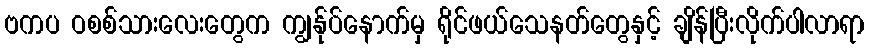
ဗကပ ဝစစ်သားလေးတွေက ကျွန်ုပ်နောက်မှ ရိုင်ဖယ်သေနတ်တွေနှင့် ချိန်ပြီးလိုက်ပါလာရာ